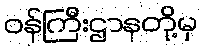
ဝန်ကြီးဌာနတို့မှ